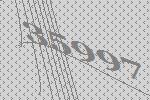
35997